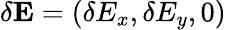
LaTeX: \delta\mathbf{E}=(\delta E_{x},\delta E_{y},0)